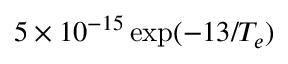
5 \times 1 0 ^ { - 1 5 } \exp ( { - 1 3 / T _ { e } } )